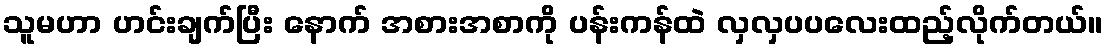
သူမဟာ ဟင်းချက်ပြီး နောက် အစားအစာကို ပန်းကန်ထဲ လှလှပပလေးထည့်လိုက်တယ်။